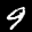
Label: 9